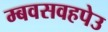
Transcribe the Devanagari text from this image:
म्बवसवहपेउ